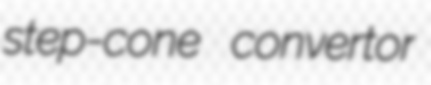
step-cone convertor